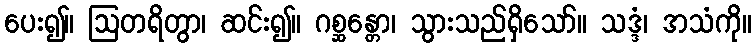
ပေး၍။ ဩတရိတွာ၊ ဆင်း၍။ ဂစ္ဆန္တော၊ သွားသည်ရှိသော်။ သဒ္ဒံ၊ အသံကို။